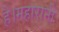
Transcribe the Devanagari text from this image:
है।महारानी